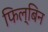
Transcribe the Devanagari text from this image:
फिल्बिन